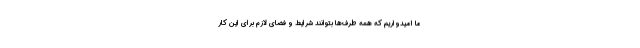
ما امیدواریم که همه طرف‌ها بتوانند شرایط و فضای لازم برای این کار